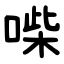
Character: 喍